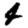
Digit: 4